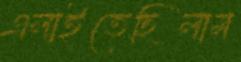
এলাইতেছিলাম